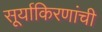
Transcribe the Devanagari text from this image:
सूर्याकिरणांची